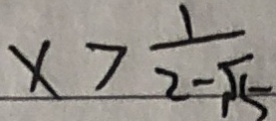
x > \frac { 1 } { 2 - \sqrt { 5 } }